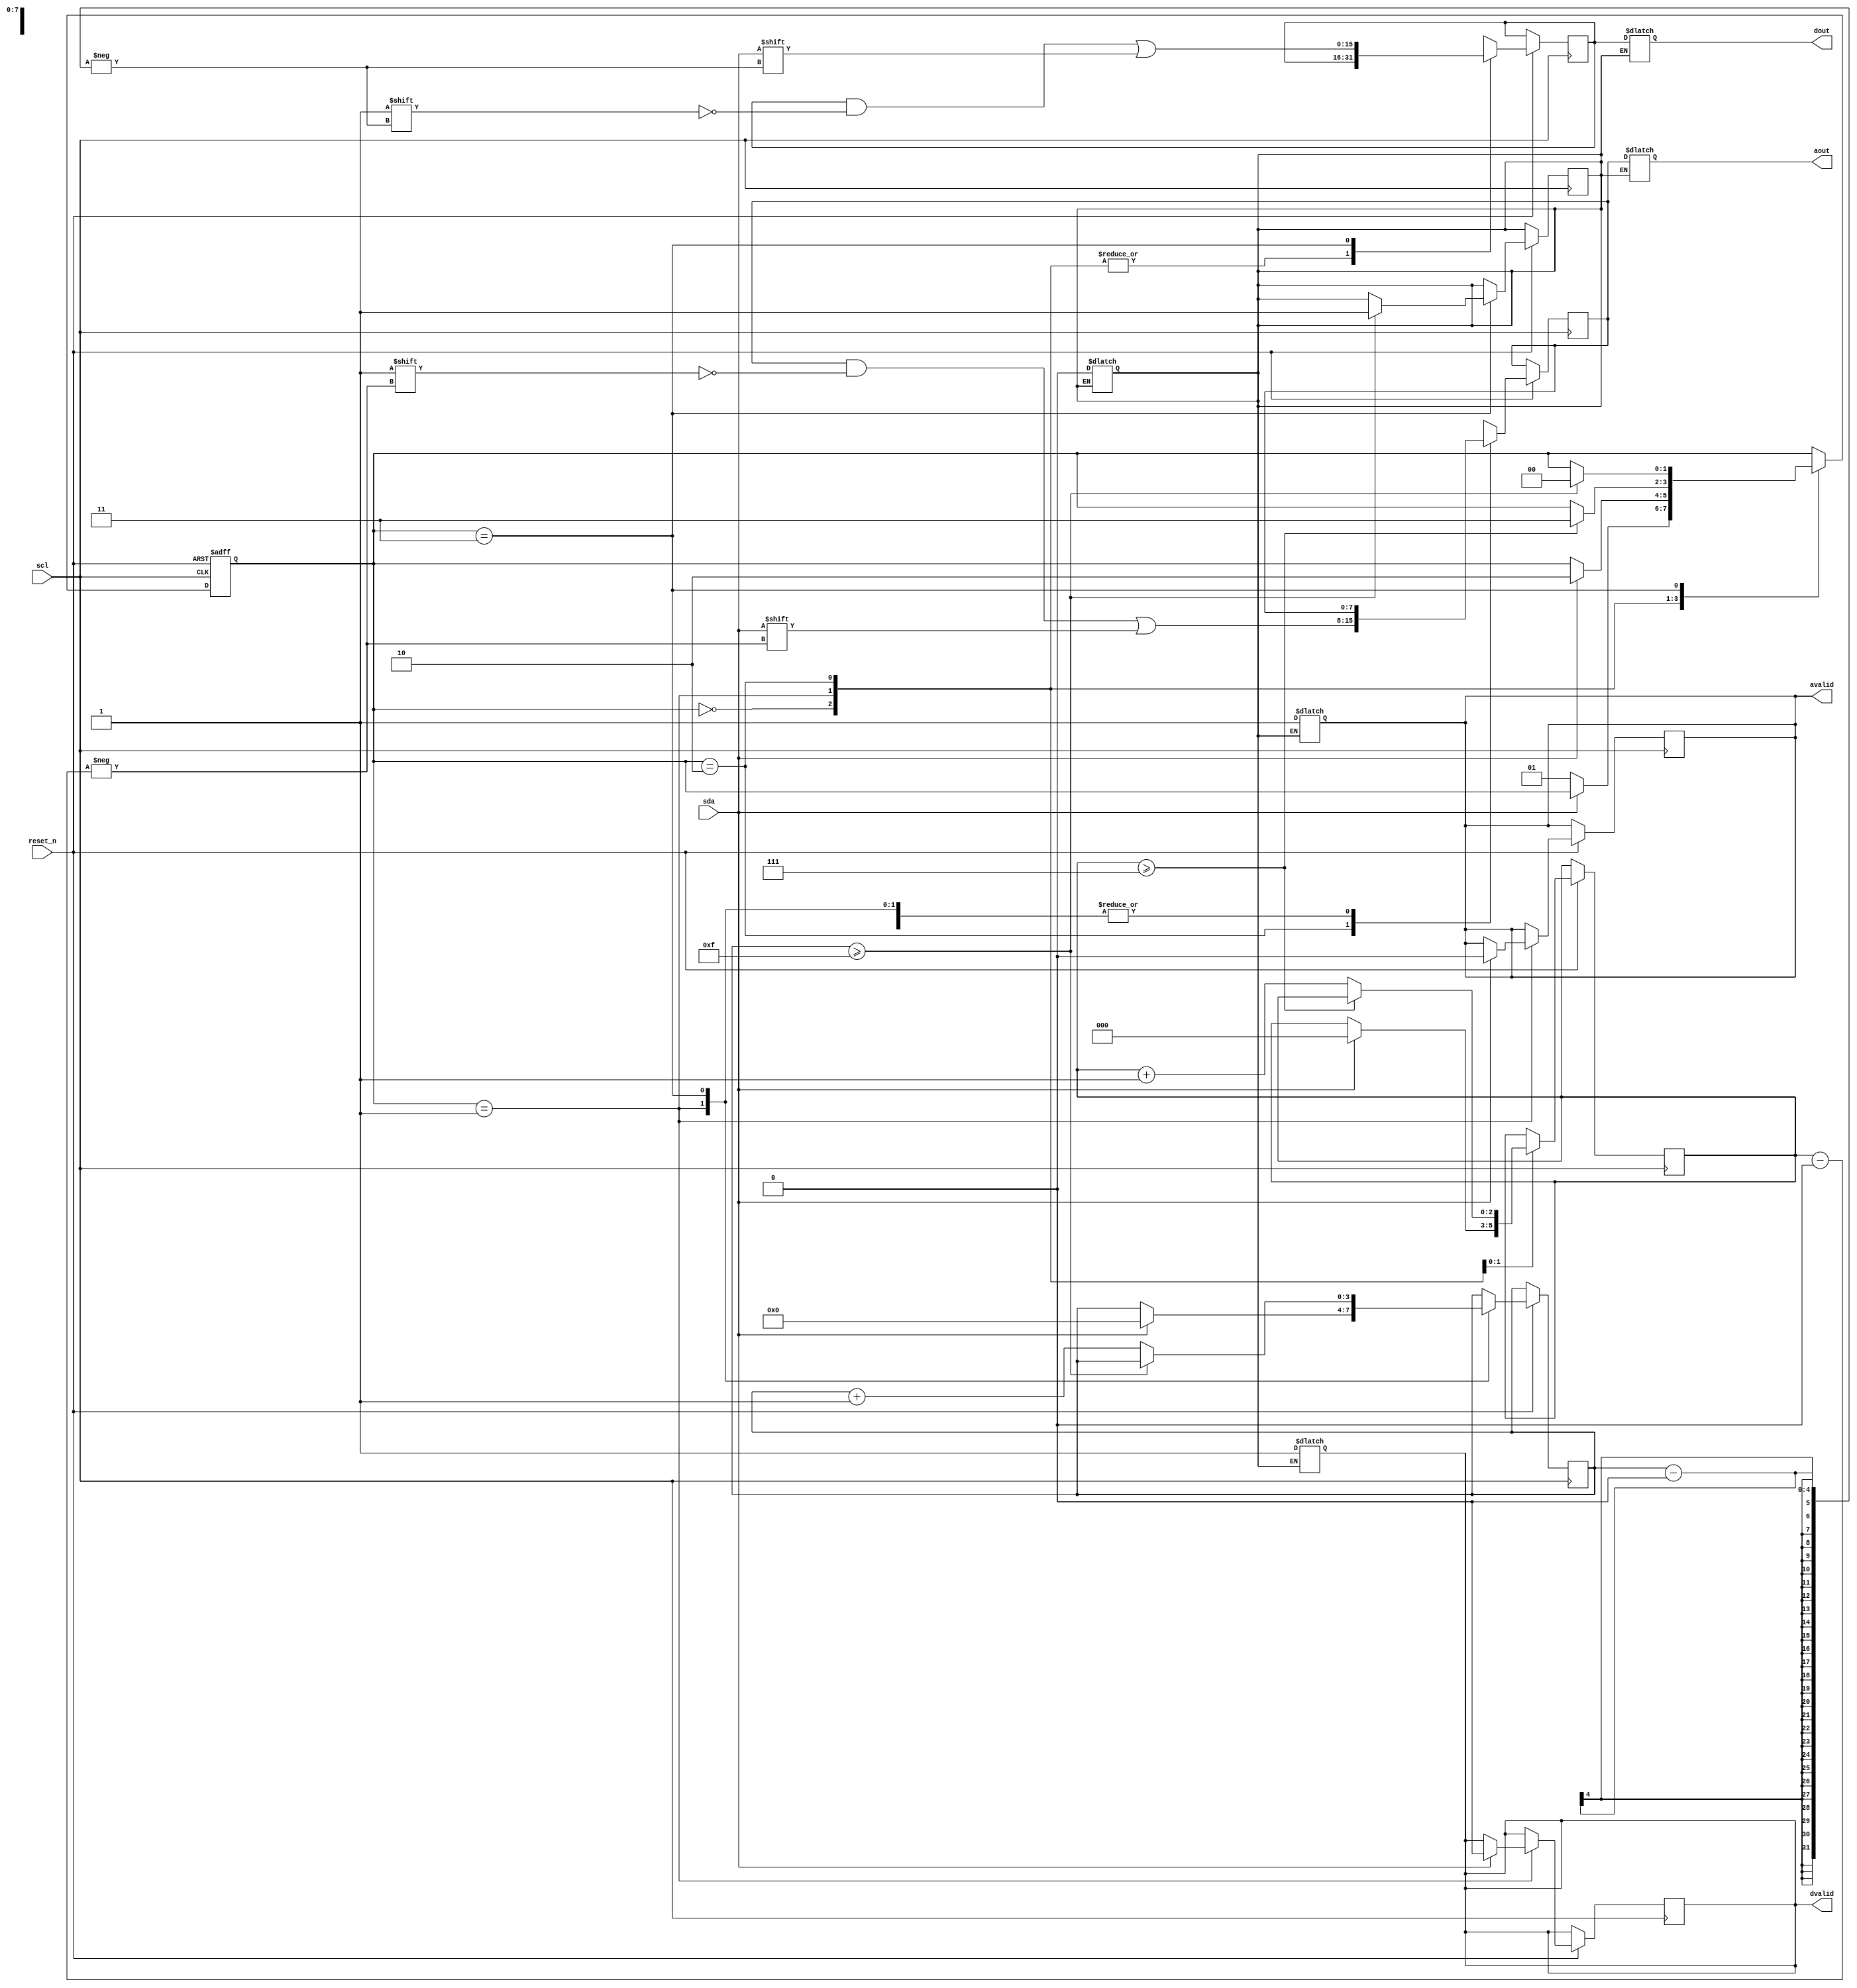
module SDAM(reset_n, scl, sda, avalid, aout, dvalid, dout);
input	reset_n ;
input	scl ;
input	sda ;

output	reg 		avalid, dvalid ;
output	reg	[7:0]	aout ;
output	reg	[15:0]	dout ;
reg [7:0] Addr ;
reg [15:0] data ;
reg [1:0] current_state ;
parameter IDLE = 2'b00, START = 2'b01, WRA = 2'b10, WRD = 2'b11 ;
reg [2:0] wra_cnt ;
reg [3:0] wrd_cnt ;
reg out_flag ;


always@(posedge scl or negedge reset_n)
begin // CS
	if(~reset_n)begin
		current_state <= IDLE ;
	end
	else begin
		case(current_state)
		IDLE : if(sda == 0) current_state <= START ;
		START : begin
				if(sda == 1) begin
					current_state <= WRA ;
					avalid <= 0 ;
					dvalid <= 0 ;
					wra_cnt <= 0 ;
					wrd_cnt <= 0 ;
				end
			end
		WRA : begin
			if(wra_cnt >= 3'd7) begin
				current_state <= WRD ;
				Addr[wra_cnt] <= sda ;
				end
				else begin
					Addr[wra_cnt] <= sda ;
					wra_cnt <= wra_cnt + 1 ;
				end
			end
		WRD : begin
			if(wrd_cnt >= 4'd15) begin
				data[wrd_cnt] <= sda ;
				current_state <= IDLE ;
				out_flag <= 1 ;
				end
				else begin
					data[wrd_cnt] <= sda ;
					wrd_cnt <= wrd_cnt + 1 ;
				end
			end
		default : begin
				wra_cnt <= 0 ;
				wrd_cnt <= 0 ;
				current_state <= IDLE ;
				end
		endcase
	end
end

always@(*)
begin
	if(out_flag == 1)begin
		avalid <= 1 ;
		dvalid <= 1 ;
		aout <= Addr ;
		dout <= data ;
		out_flag <= 0 ;
	end
end

endmodule